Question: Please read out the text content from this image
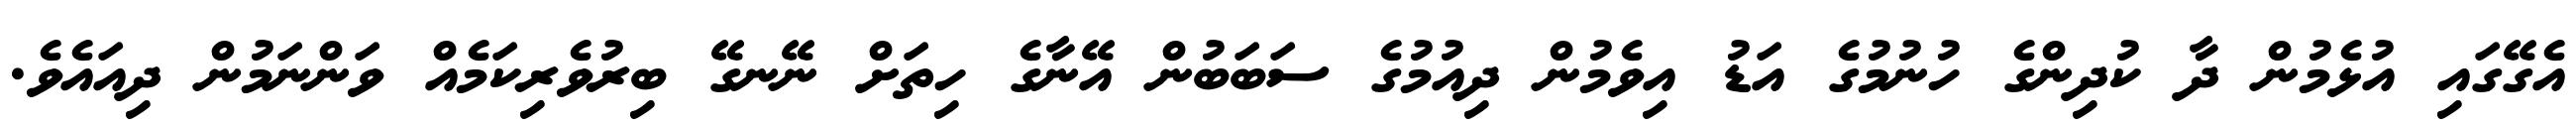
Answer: އެގޭގައި އުޅެމުން ދާ ކުދިންގެ ހުނުމުގެ އަޑު އިވެމުން ދިއުމުގެ ސަބަބުން އޭނާގެ ހިތަށް ނޭނގޭ ބިރުވެރިކަމެއް ވަންނަމުން ދިއައެވެ.